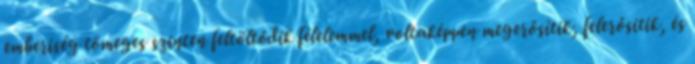
emberiség tömeges szinten feltöltődik félelemmel, voltaképpen megerősítik, felerősítik, és